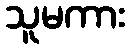
သူမကား